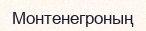
Монтенегроның